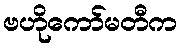
ဗဟိုကော်မတီက